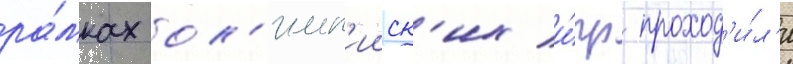
ра́мках ол'имп'ииск'их и́гр проход'и́л'и